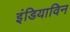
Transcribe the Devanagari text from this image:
इंडियाविन